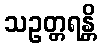
သဥတ္တရန္တိ